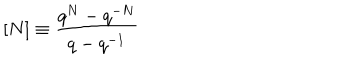
[ N ] \equiv \frac { q ^ { N } - q ^ { - N } } { q - q ^ { - 1 } }